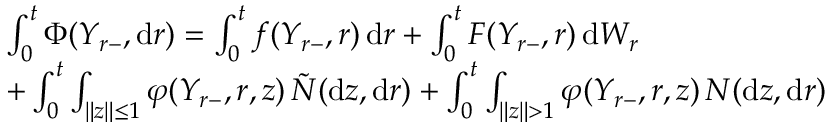
\begin{array} { r l } & { \int _ { 0 } ^ { t } \Phi ( Y _ { r - } , \mathrm { d } r ) = \int _ { 0 } ^ { t } f ( Y _ { r - } , r ) \, \mathrm { d } r + \int _ { 0 } ^ { t } F ( Y _ { r - } , r ) \, \mathrm { d } W _ { r } } \\ & { + \int _ { 0 } ^ { t } \int _ { \| z \| \leq 1 } \varphi ( Y _ { r - } , r , z ) \, \tilde { N } ( \mathrm { d } z , \mathrm { d } r ) + \int _ { 0 } ^ { t } \int _ { \| z \| > 1 } \varphi ( Y _ { r - } , r , z ) \, N ( \mathrm { d } z , \mathrm { d } r ) } \end{array}